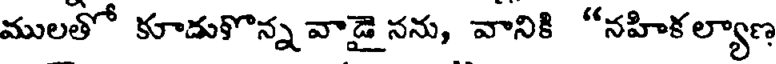
ములతో కూడుకొన్న వాడై నను, వానికి "నహికల్యాణ